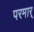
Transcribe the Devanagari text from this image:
परमार्